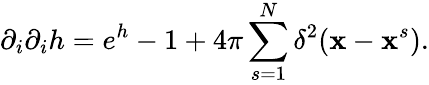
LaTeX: \partial_{i}\partial_{i}h=e^{h}-1+4\pi\sum_{s=1}^{N}\delta^{2}({\mathbf{x}}-{\mathbf{x}}^{s}).